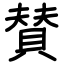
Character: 賛